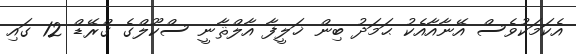
އެކަމަކުވެސް އޭނާއާއެކު ޙަމަދު ބިން ޚަލީފާ އާލްޘާނީ ސްކޫލްގެ ގްރޭޑް 12 ގައި